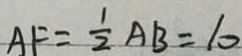
A F = \frac { 1 } { 2 } A B = 1 0